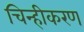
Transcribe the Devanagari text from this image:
चिन्हीकरण